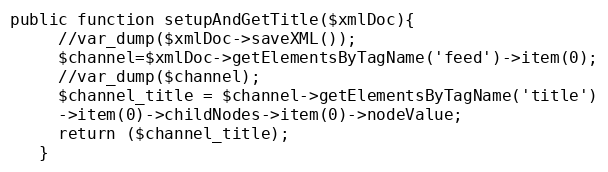
Language: PHP
public function setupAndGetTitle($xmlDoc){
     //var_dump($xmlDoc->saveXML());
     $channel=$xmlDoc->getElementsByTagName('feed')->item(0);
     //var_dump($channel);
     $channel_title = $channel->getElementsByTagName('title')
     ->item(0)->childNodes->item(0)->nodeValue;
     return ($channel_title);
   }